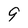
Character: 9